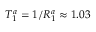
T _ { 1 } ^ { a } = 1 / R _ { 1 } ^ { a } \approx 1 . 0 3